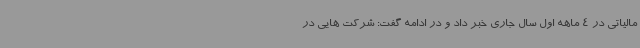
مالیاتی در 4 ماهه اول سال جاری خبر داد و در ادامه گفت: شرکت هایی در